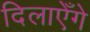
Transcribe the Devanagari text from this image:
दिलाएँगे